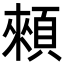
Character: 顂